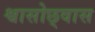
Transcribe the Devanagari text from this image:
श्वासोछ्वास